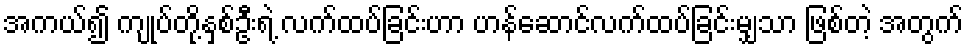
အကယ်၍ ကျုပ်တို့နှစ်ဦးရဲ့ လက်ထပ်ခြင်းဟာ ဟန်ဆောင်လက်ထပ်ခြင်းမျှသာ ဖြစ်တဲ့ အတွက်